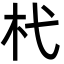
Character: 杙